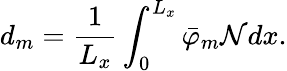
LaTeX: d_{m}=\frac{1}{L_{x}}\int_{0}^{L_{x}}\bar{\varphi}_{m}\mathcal{N}dx.